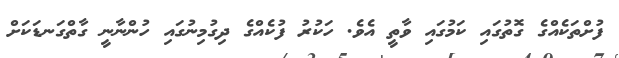
ފުށްތަކެއްގެ ގޮތުގައި ކަމުގައި ވާތީ އެވެ. ހަކުރު ފުކެއްގެ ދިގުމިނުގައި ހުންނާނީ ގާތްގަނޑަކަށް